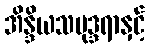
အိန္ဒိယသမုဒ္ဒရာနှင့်